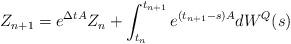
LaTeX: \begin{align*}Z_{n+1}=e^{\Delta tA}Z_n+\int_{t_n}^{t_{n+1}}e^{(t_{n+1}-s)A}dW^Q(s)\end{align*}